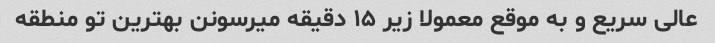
عالی سریع و به موقع معمولا زیر ۱۵ دقیقه میرسونن بهترین تو منطقه